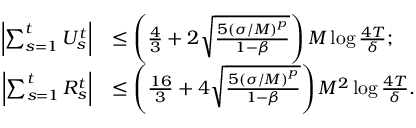
\begin{array} { r l } { \left| \sum _ { s = 1 } ^ { t } U _ { s } ^ { t } \right| } & { \leq \left( \frac { 4 } { 3 } + 2 \sqrt { \frac { 5 \left( \sigma / M \right) ^ { p } } { 1 - \beta } } \right) M \log \frac { 4 T } { \delta } ; } \\ { \left| \sum _ { s = 1 } ^ { t } R _ { s } ^ { t } \right| } & { \leq \left( \frac { 1 6 } { 3 } + 4 \sqrt { \frac { 5 \left( \sigma / M \right) ^ { p } } { 1 - \beta } } \right) M ^ { 2 } \log \frac { 4 T } { \delta } . } \end{array}